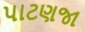
પાટણજા